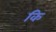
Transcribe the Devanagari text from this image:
कि